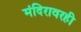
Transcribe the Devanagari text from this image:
मंदिरावरही